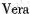
Vera